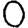
Digit: 0